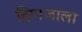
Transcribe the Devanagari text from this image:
दिग्गजाला